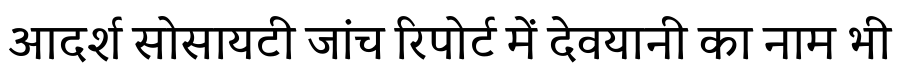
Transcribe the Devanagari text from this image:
आदर्श सोसायटी जांच रिपोर्ट में देवयानी का नाम भी